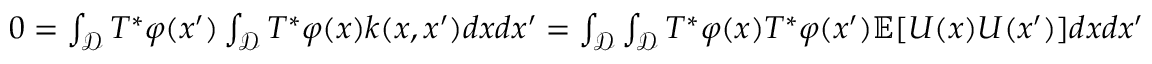
\begin{array} { r } { 0 = \int _ { \mathcal { D } } T ^ { * } \varphi ( x ^ { \prime } ) \int _ { \mathcal { D } } T ^ { * } \varphi ( x ) k ( x , x ^ { \prime } ) d x d x ^ { \prime } = \int _ { \mathcal { D } } \int _ { \mathcal { D } } T ^ { * } \varphi ( x ) T ^ { * } \varphi ( x ^ { \prime } ) \mathbb { E } [ U ( x ) U ( x ^ { \prime } ) ] d x d x ^ { \prime } } \end{array}